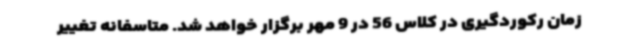
زمان رکوردگیری در کلاس 56 در 9 مهر برگزار خواهد شد. متاسفانه تغییر